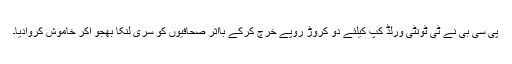
پی سی بی نے ٹی ٹونٹی ورلڈ کپ کیلئے دو کروڑ روپے خرچ کرکے بااثر صحافیوں کو سری لنکا بھجو اکر خاموش کروادیا۔